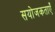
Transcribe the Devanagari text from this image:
सयोजकताएँ